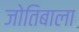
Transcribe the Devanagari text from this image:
जोतिबाला